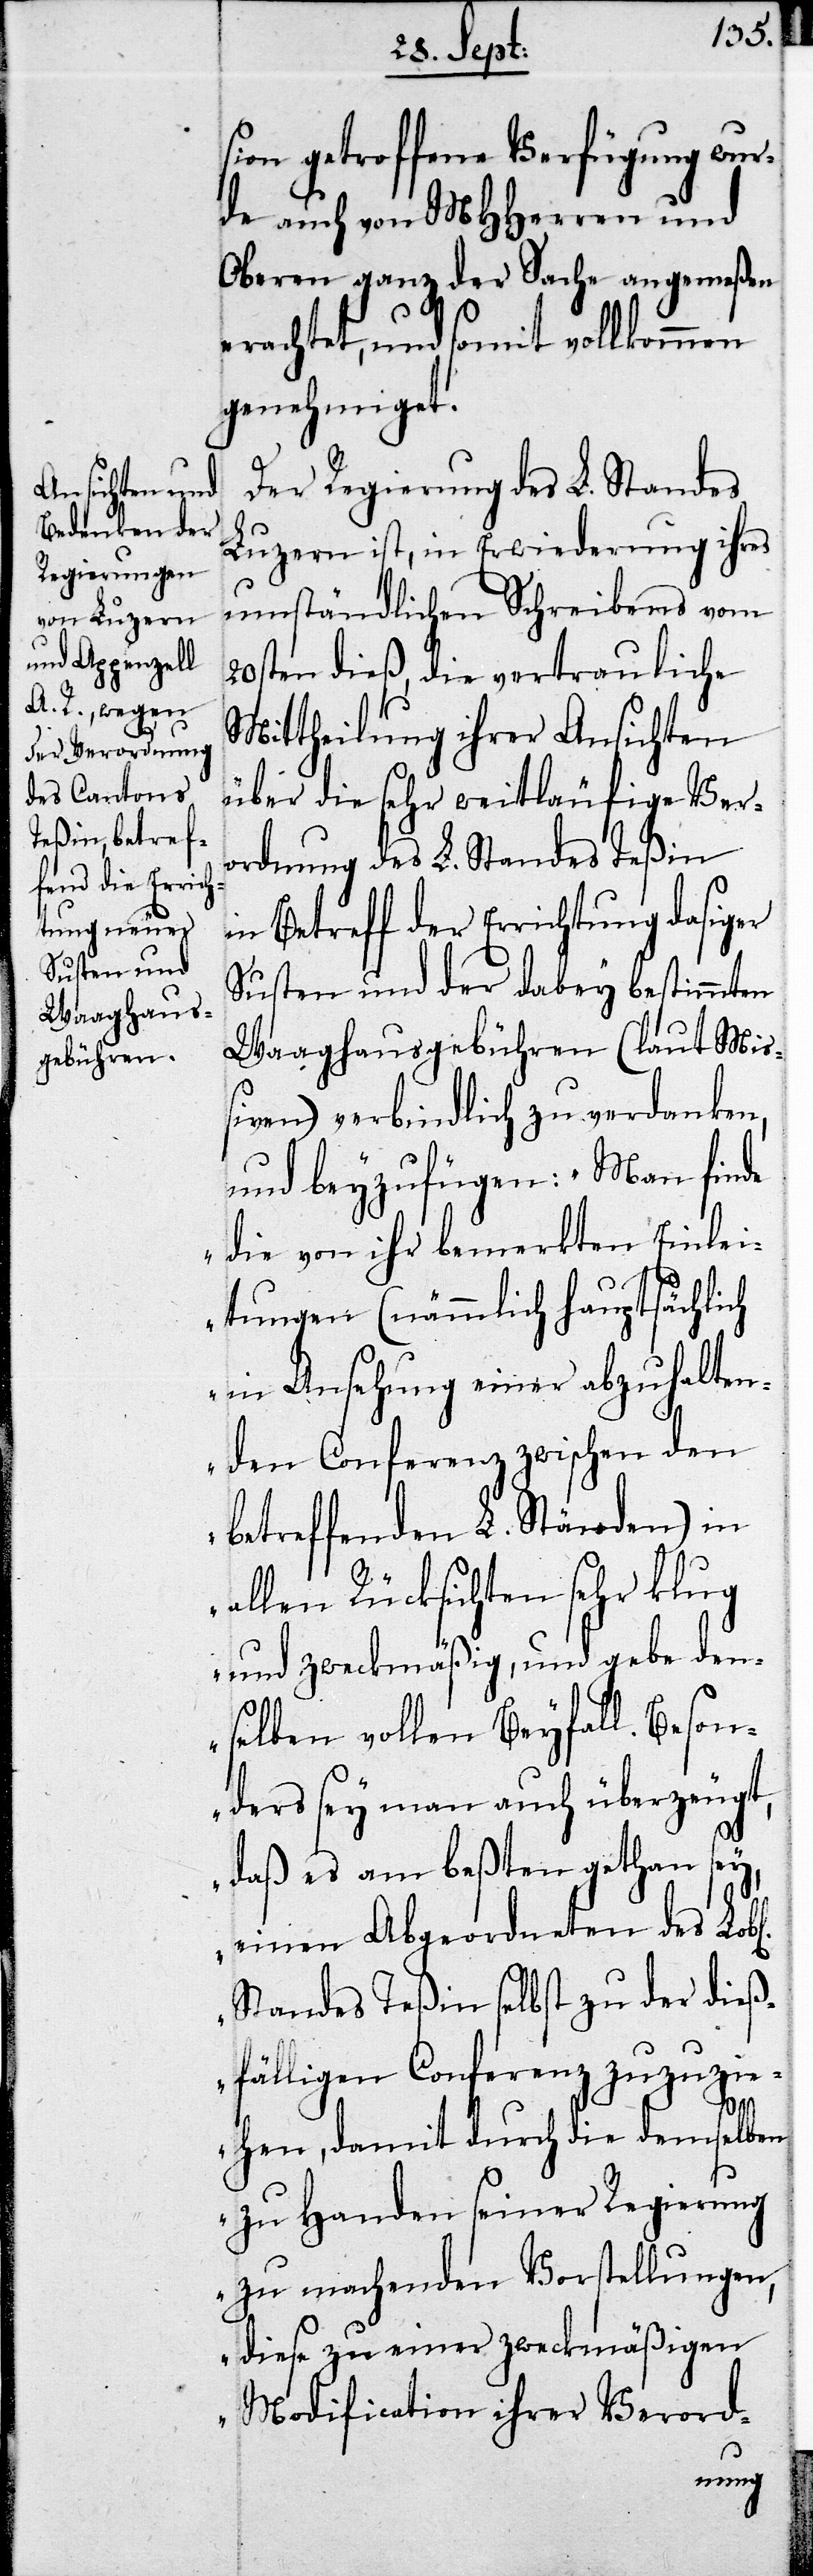
sion getroffene Verfügung wur¬
de auch von MHHerren und
Oberen ganz der Sache angemeßen
erachtet, und somit vollkommen
genehmiget.
Der Regierung des L. Standes
Luzern ist, in Erwiederung ihres
umständlichen Schreibens vom
20sten dieß, die vertrauliche
Mittheilung ihrer Ansichten
über die sehr weitläufige Ver¬
ordnung des L. Standes Teßin
in Betreff der Errichtung dasiger
Susten und der dabey bestimmten
Waaghausgebühren (laut Mi¬
ßiven) verbindlich zu verdanken,
und beyzufügen: „Man finde
die von ihr bemerkten Einlei¬
tungen (nämmlich hauptsächlich
in Ansehung einer abzuhalten¬
den Conferenz zwischen den
betreffenden L. Ständen) in
allen Rücksichten sehr klug
und zweckmäßig, und gebe den¬
selben vollen Beyfall. Beson¬
ders sey man auch überzeugt,
daß es am besten gethan sey,
einen Abgeordneten des Lobl.
Standes Teßin selbst zu der dieß¬
fälligen Conferenz zuzuzi¬
ehen, damit durch die demselben
zu Handen seiner Regierung
zu machenden Vorstellungen,
diese zu einer zweckmäßigen
Modification ihrer Verord-